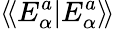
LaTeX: \langle\! \langle E_{\alpha}^{a}|E_{\alpha}^{a}\rangle\! \rangle